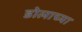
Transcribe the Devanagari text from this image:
डोलाच्या